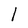
Character: l